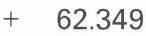
+   62.349